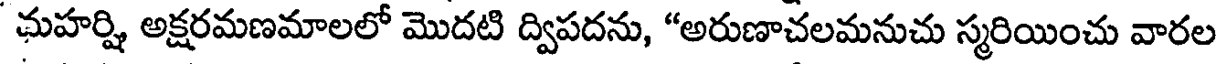
మహర్షి అక్షరమణమాలలో మొదటి ద్విపదను, "అరుణాచలమనుచు స్మరియించు వారల